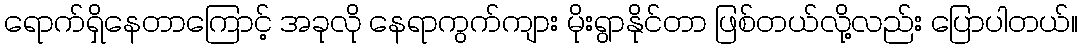
ရောက်ရှိနေတာကြောင့် အခုလို နေရာကွက်ကျား မိုးရွာနိုင်တာ ဖြစ်တယ်လို့လည်း ပြောပါတယ်။